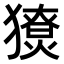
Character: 𤢙